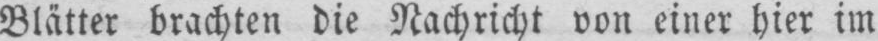
Blätter brachten die Nachricht von einer hier im